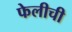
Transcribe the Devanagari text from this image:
फेलीची